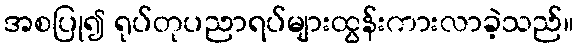
အစပြု၍ ရုပ်တုပညာရပ်များထွန်းကားလာခဲ့သည်။